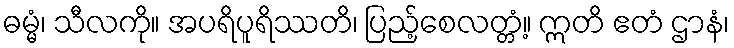
ဓမ္မံ၊ သီလကို။ အပရိပူရိဿတိ၊ ပြည့်စေလတ္တံ့။ ဣတိ ဧတံ ဌာနံ၊